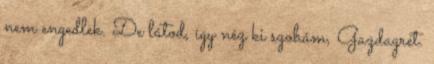
nem engedlek. De látod, így néz ki szobám, Gazdagrét.